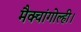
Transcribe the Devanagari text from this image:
मैक्चांगोल्ही।